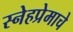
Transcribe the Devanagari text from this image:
स्नेहप्रेमाचे